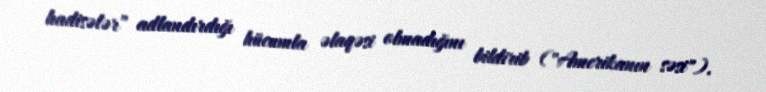
hadisələr” adlandırdığı hücumla əlaqəsi olmadığını bildirib ("Amerikanın səsi").